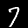
Digit: 7